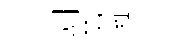
劍弟擁